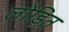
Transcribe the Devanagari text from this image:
लोडित